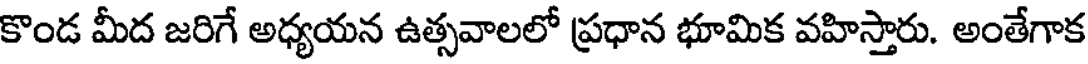
కొండ మీద జరిగే అధ్యయన ఉత్సవాలలో ప్రధాన భూమిక వహిస్తారు. అంతేగాక